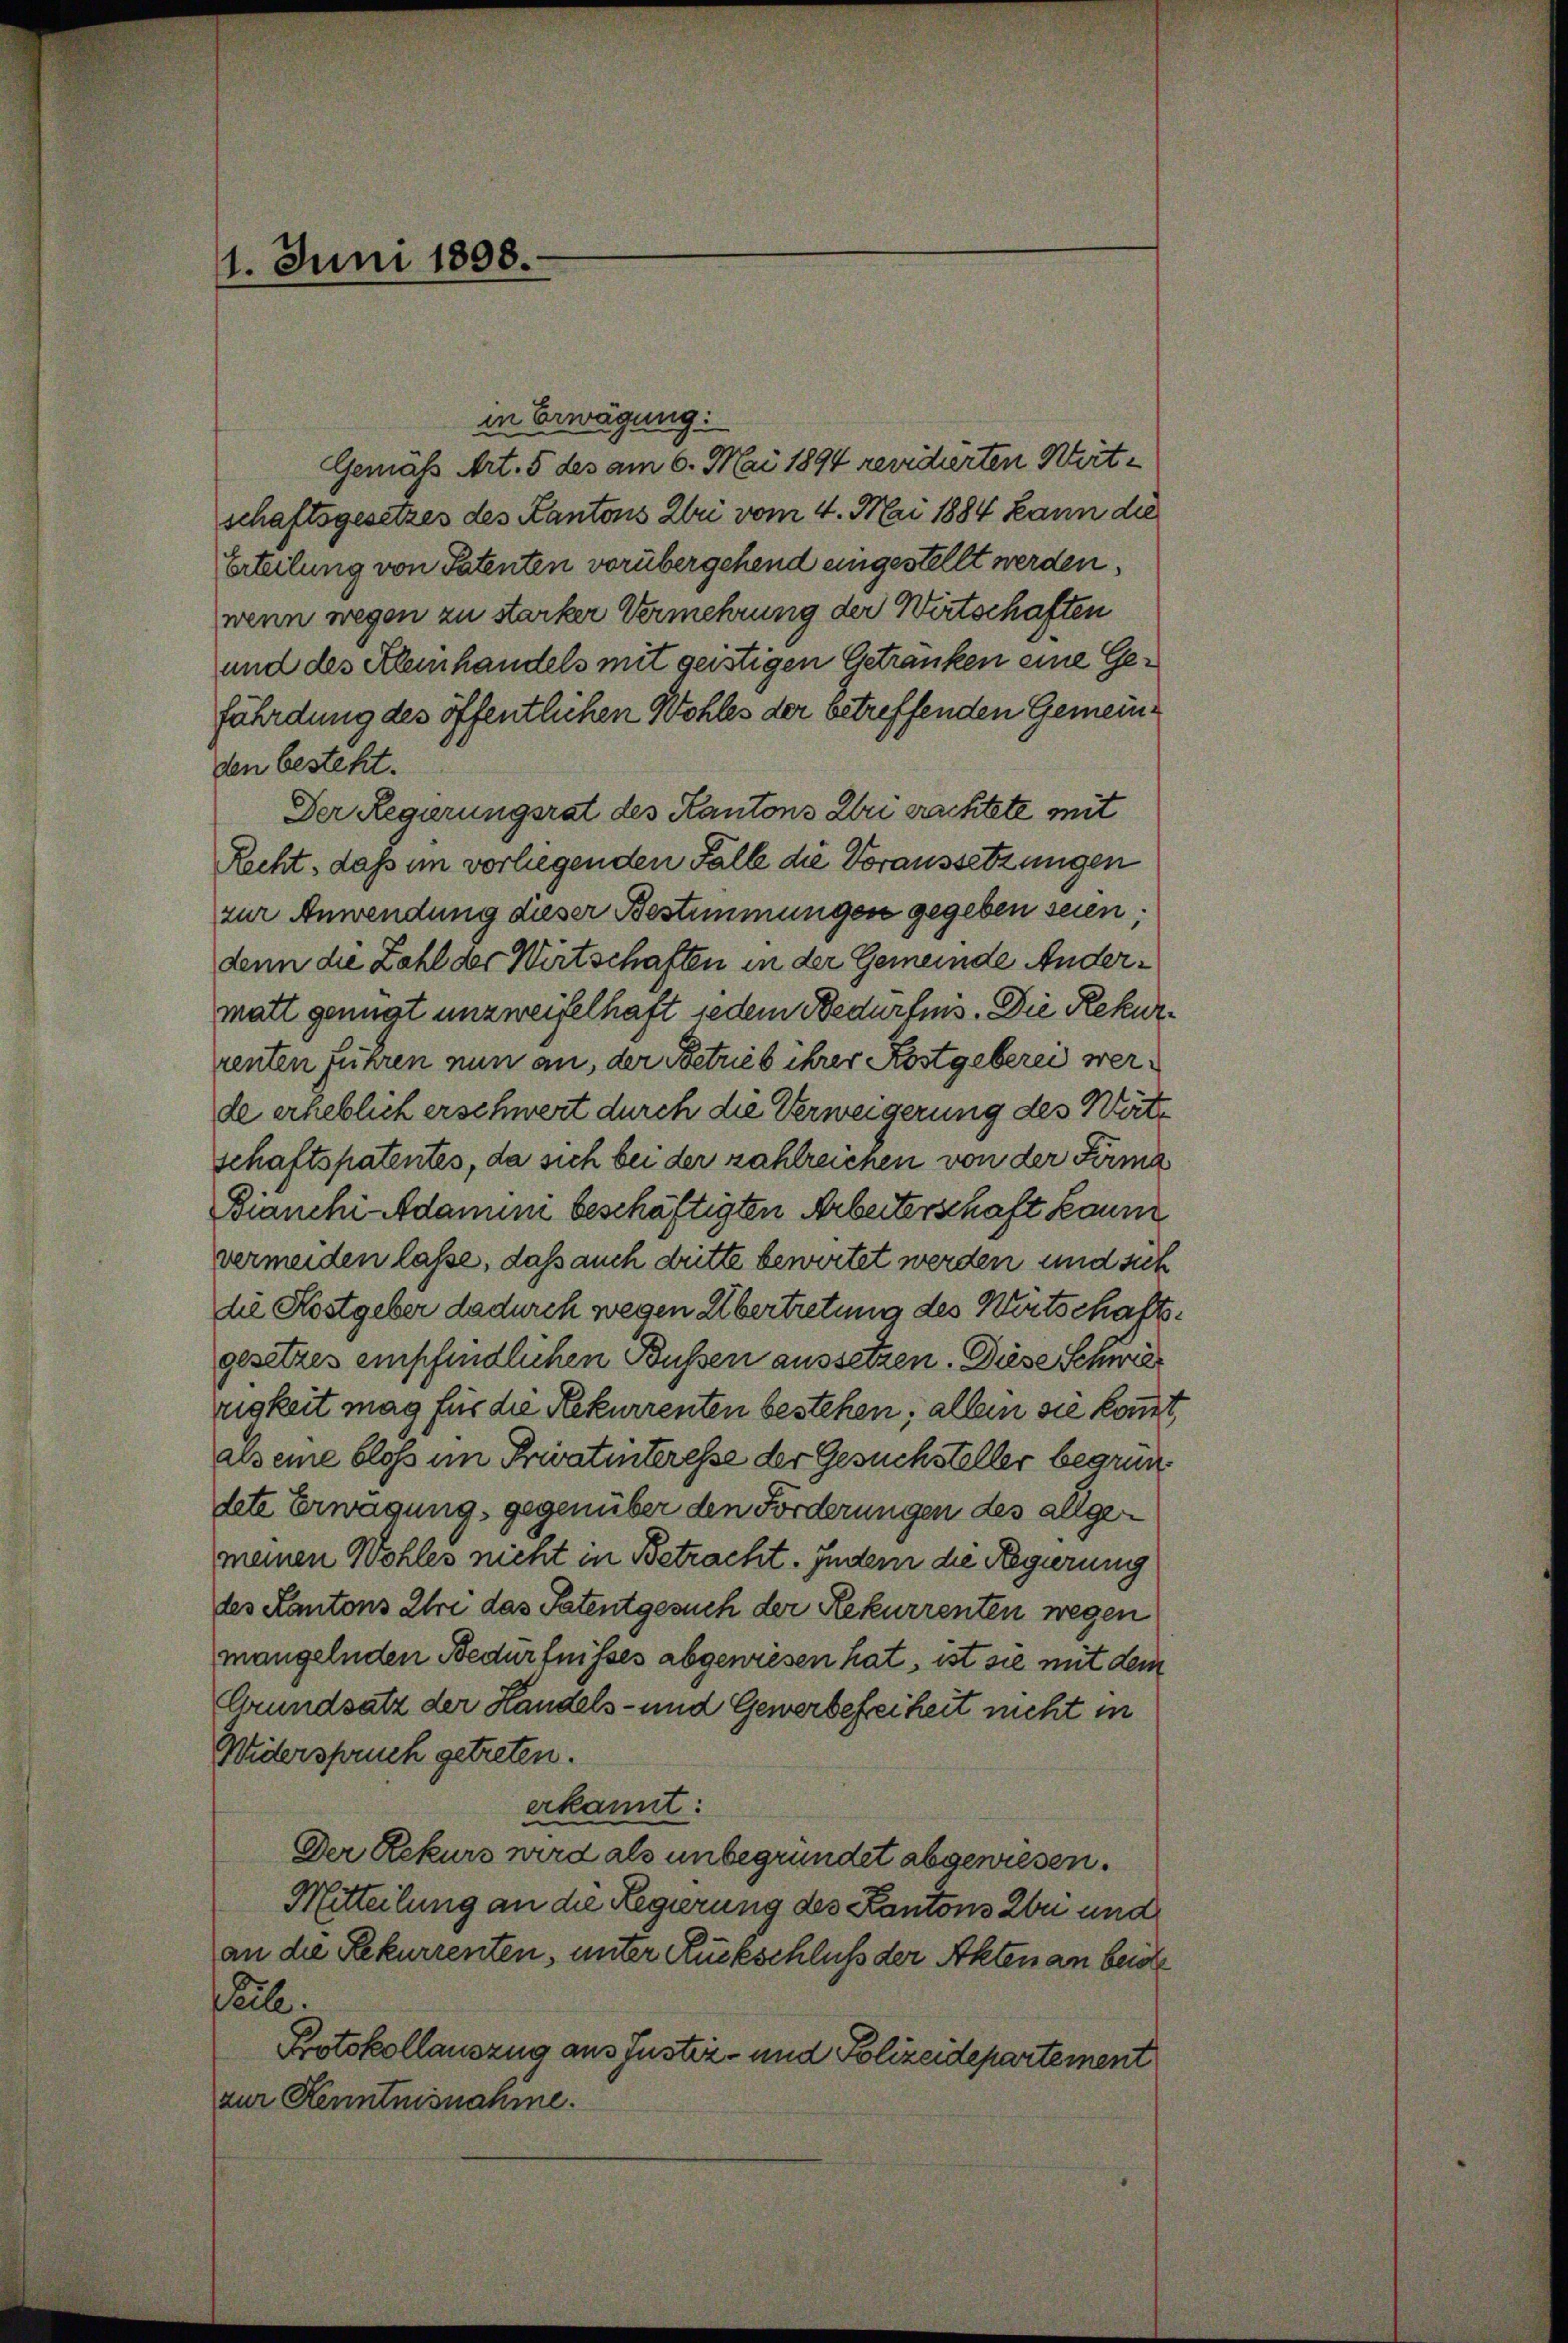
11. Juni 1898.

in Erwägung:
Gemäß Art. 5 des am 6. Mai 1894 revidierten Wert-
schaftsgesetzes des Kantons Zri vom 4. Mai 1884 kann die
Erteilung von Patenten vorübergehend eingestellt werden.
wenn wegen zu starker Vermehrung der Wirtschaften
und des Kleinhandels mit geistigen Getranken eine Gefährdung des öffentlichen Wohles der betreffenden Gemeinden besteht.
Der Regierungsrat des Kantons Uri erachtete mit
Recht, daß im vorliegenden Falle die Voraussetzungen
zur Anwendung dieser Bestimmungen gegeben seien;
denn die Zahl der Wirtschaften in der Gemeinde Andermatt genügt unzweifelhaft jedem Bedürfnis. Die Rekurrenten Fuhren nun an, der Betrieb ihrer Kostgeberei werde erheblich erschwert durch die Verweigerung des Wärte
schaftspatentes, da sich bei der zahlreichen von der Firma
Bianchi Adamini beschäftigten Arbeiterschaft kaum
vermeiden lasse, daß auch dritte bewirtet werden und sich
die Kostgeber dadurch wegen Übertretung des Wirtschaftsgesetzes empfindlichen Bussen aussetzen. Diese Schwier
rigkeit mag für die Rekurrenten bestehen; allein sie kommt,
als eine blos im Privatinteresse der Gesuchsteller begrün
dete Erwägung, gegenüber den Forderungen des allgemeinen Wohles nicht in Betracht. Indem die Regierung
des Kantons Ihre das Patentgesuch der Rekurrenten wegen
mangelnden Bedürfnisses abgewiesen hat, ist sie mit dem
Grundsatz der Handels- und Gewerbefreiheit nicht in
Widerspruch getreten.
erkannt:
Der Rekurs wird als unbegründet abgewiesen.
Mitteilung an die Regierung des Kantons zu und
an die Rekurrenten, unter Rückschluß der Akten an beide
ile.
Protokollauszug aus Justiz- und Polizeidepartement
zur Kenntnisnahme.